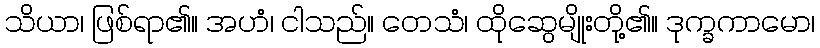
သိယာ၊ ဖြစ်ရာ၏။ အဟံ၊ ငါသည်။ တေသံ၊ ထိုဆွေမျိုးတို့၏။ ဒုက္ခကာမော၊